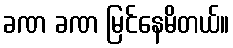
ခဏ ခဏ မြင်နေမိတယ်။